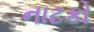
નાટકો